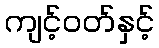
ကျင့်ဝတ်နှင့်